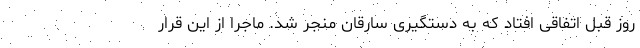
روز قبل اتفاقی افتاد که به دستگیری سارقان منجر شد. ماجرا از این قرار